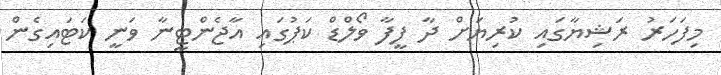
މިފަހަރު ރަޝިޔާގައި ކުރިޔަށް ދާ ފީފާ ވޯލްޑް ކަޕުގައި އާޖެންޓީނާ ވަނީ ކަޓައިގެން